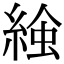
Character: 𧌢